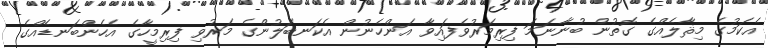
އެކަމުގެ މިޘާލެއްގެ ގޮތުން ބުނާނަމަ ފިރިމަރުވެފައިވާ އަންހެނުން އެކަނބަލުންގެ މަރުވި ފިރިމީހާގެ އެހެންބަނޑެއްގެ